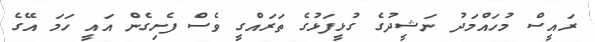
ރައީސް މުހައްމަދު ނަޝީދުގެ ގުޅީފަޅުގެ ތަރައްގީ ވެސް ފެށިގެން އައީ ހަމަ އޭގެ